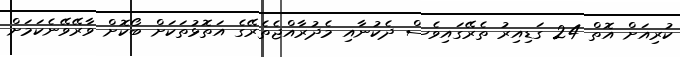
ކުރިއަށް އޮތް 24 ގަޑިއިރު ތެރޭގައިވެސް ދެކުނާއި މެދުރާއްޖެތެރޭގެ އަތޮޅުތަކަށް ބޯކޮށް ވާރޭވޭނެކަމަށް